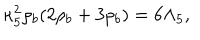
LaTeX: \kappa _ { 5 } ^ { 2 } \rho _ { b } ( 2 \rho _ { b } + 3 p _ { b } ) = 6 \Lambda _ { 5 } ,